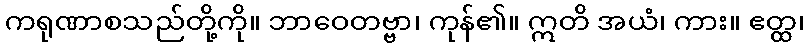
ကရုဏာစသည်တို့ကို။ ဘာဝေတဗ္ဗာ၊ ကုန်၏။ ဣတိ အယံ၊ ကား။ ဧတ္ထ၊